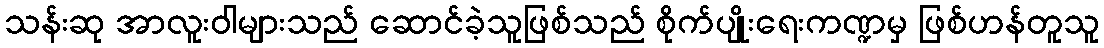
သန်းဆု အာလူးဝါများသည် ဆောင်ခဲ့သူဖြစ်သည် စိုက်ပျိုးရေးကဏ္ဍမှ ဖြစ်ဟန်တူသူ